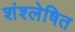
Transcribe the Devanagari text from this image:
शंश्लेषित